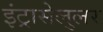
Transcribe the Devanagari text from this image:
इंट्रासेलुलर